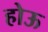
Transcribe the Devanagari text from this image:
होऊ